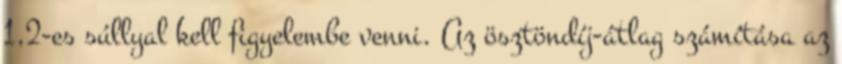
1,2-es súllyal kell figyelembe venni. Az ösztöndíj-átlag számítása az